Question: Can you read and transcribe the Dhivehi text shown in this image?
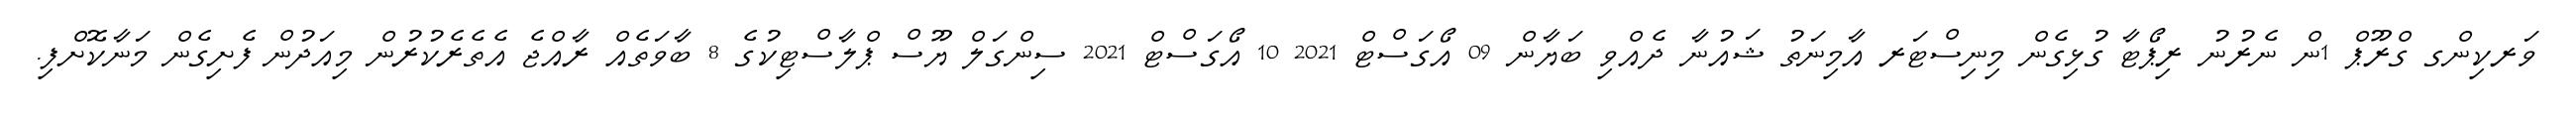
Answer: ވަރކިންގ ގްރޫޕް 1ން ނެރުނު ރިޕޯޓާ ގުޅިގެން މިނިސްޓަރ އާމިނަތު ޝައުނާ ދެއްވި ބަޔާން 09 އޯގަސްޓް 2021 10 އޯގަސްޓް 2021 ސިންގަލް ޔޫސް ޕްލާސްޓިކުގެ 8 ބާވަތެއް ރާއްޖެ އެތެރެކުރުން މިއަދުން ފެށިގެން މަނާކޮށްފި.